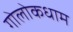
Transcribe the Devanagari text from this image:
गोलोकधाम